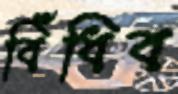
বিঁধিব